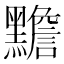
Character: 黵